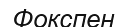
Фокспен